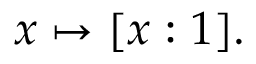
x \mapsto [ x : 1 ] .